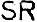
SR